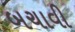
બચાવી